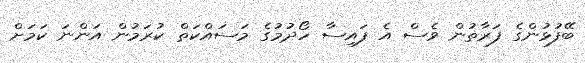
ބޭފުޅުންގެ ފަރާތުން ވެސް އެ ފައިސާ ހޯދުމުގެ މަސައްކަތް ކުރަމުން އަންނަ ކަމަށް